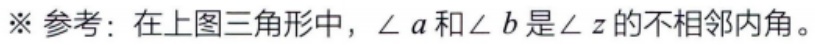
※参考：在上图三角形中，$\angle a$和$\angle b$是$\angle z$的不相邻内角。